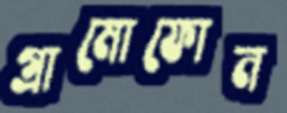
গ্রামোফোন